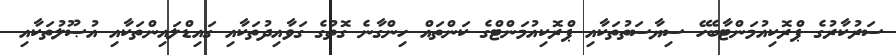
ސަރުކާރުގެ ޕްރޮކިއުމަންޓާބެހޭ ސިޔާސަތުތަކާއި ޕްރޮކިއުމަންޓްގެ ކަންތައް ހިންގާނެ ގޮތުގެ ގަވާއިދުތަކާއި ގައިޑްލައިންތަކާއި އުޞޫލުތަކާއި